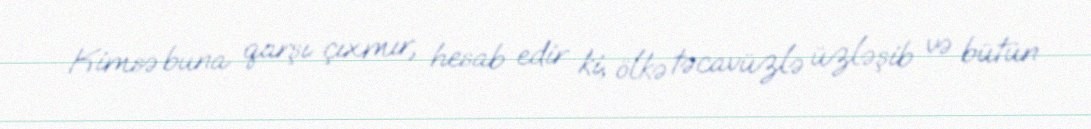
Kimsə buna qarşı çıxmır, hesab edir ki, ölkə təcavüzlə üzləşib və bütün